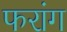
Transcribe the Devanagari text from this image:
फरांग